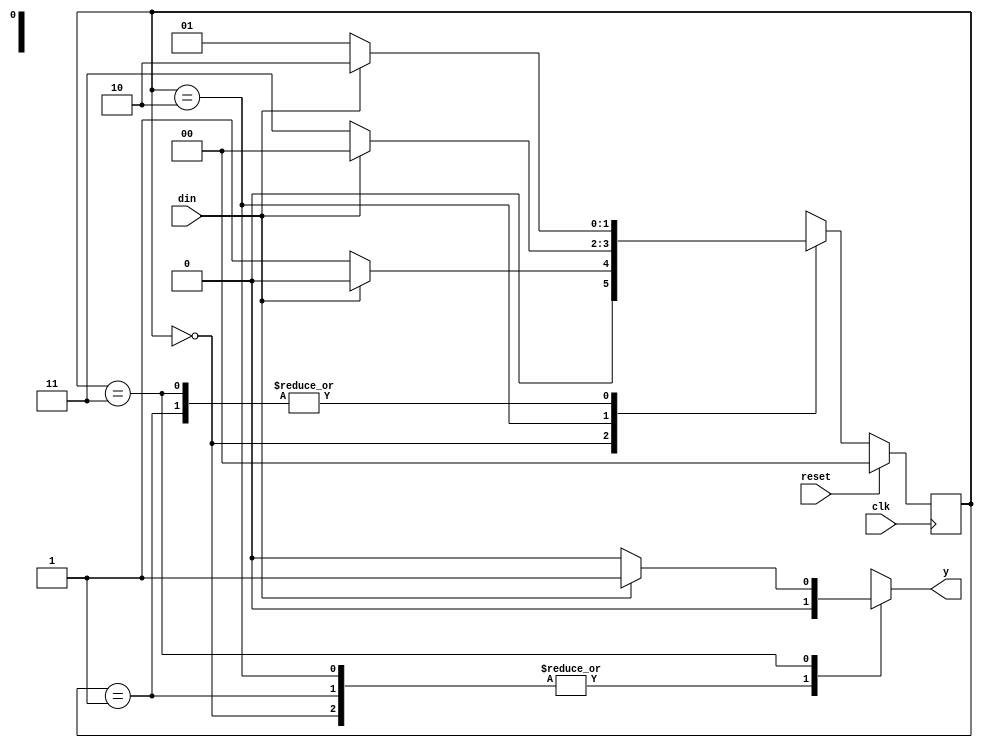
module seq_0101_detect(din,clk,reset,y
    );
	 input din,clk,reset;
	 output reg y;
	 parameter s0=2'b00,s1=2'b01,s2=2'b10,s3=2'b11;
	 reg [1:0]cst,nst;
	
	 
	 always @(posedge clk)
	   begin
		 if(reset==1'b1)
		    cst<=s0;
		 else 
		   cst<=nst;
		end
	 always @(cst,din)
	   begin
		  case(cst)
		     s0 : begin
			         if(din==1'b0)
						  begin
							 y=1'b0;
						    nst<=s1;
							end
						else
						  begin
					  		 y=1'b0;
						     nst<=s0;
					     end
				end
		     s1 : begin
			         if(din==1'b1)
						  begin
						    y=1'b0;
						    nst<=s2;
							end
						else
						  begin
						     y=1'b0;
						     nst<=s1;
							  
					     end
				    end
		     s2 : begin
			         if(din==1'b0)
						  begin
                      y=1'b0;
						    nst<=s3;
							
							end
						else
						  begin
						     y=1'b0;
						     nst<=s0;
					     end
					end
		     s3 : begin
			         if(din==1'b1)
						  begin
						    y=1'b1;
						    nst<=s2;
							end
						else
						  begin
						     y=1'b0;
						     nst<=s1;
					     end
					end
			 endcase
		end
endmodule
module seq_0101_detect_tb;

	// Inputs
	reg din;
	reg clk;
	reg reset;
	reg [31:0]data;
	integer i;
	

	// Outputs
	wire y;

	// Instantiate the Design Under Test (DUT)
	seq_0101_detect dut (din,clk,reset,y
	);
	initial 
	   begin
		  clk=1'b0;
		  reset=1'b1;#15
		  reset=1'b0;
		 end
	always #5 clk=~clk;
	initial 
	  begin
	    data=32'b00100101010111010010010101011101;
		 #15;
	    for(i=0;i<32;i=i+1)
	       begin
		    din=data[31-i];#10;
			end
		end
    
endmodule